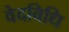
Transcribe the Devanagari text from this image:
वेदविधि